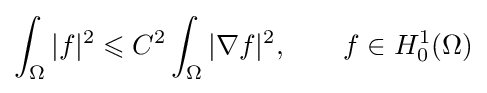
\int _{\Omega }|f|^{2}\leqslant C^{2}\int _{\Omega }|\nabla f|^{2},\qquad f\in H_{0}^{1}(\Omega )